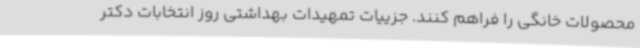
محصولات خانگی را فراهم کنند. جزییات تمهیدات بهداشتی روز انتخابات دکتر